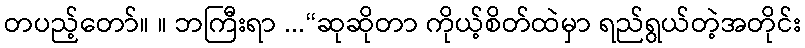
တပည့်တော်။ ။ ဘကြီးရာ ...“ဆုဆိုတာ ကိုယ့်စိတ်ထဲမှာ ရည်ရွယ်တဲ့အတိုင်း